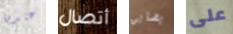
عندما أتصال يضايق على